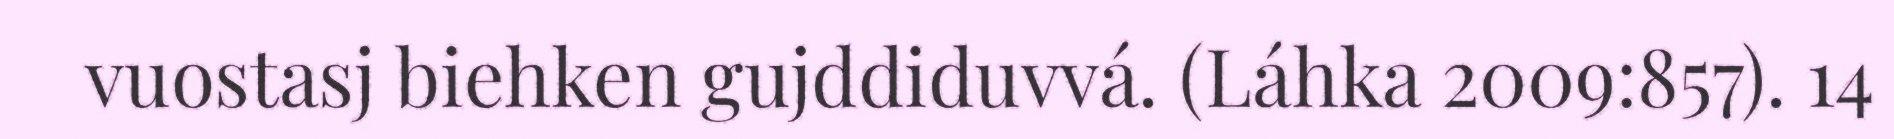
vuostasj biehken gujddiduvvá. (Láhka 2009:857). 14